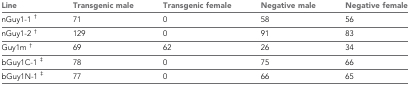
<table><thead><tr><td><b>Line</b></td><td><b>Transgenic male</b></td><td><b>Transgenic female</b></td><td><b>Negative male</b></td><td><b>Negative female</b></td></tr></thead><tbody><tr><td>nGuy1-1 <sup>†</sup></td><td>71</td><td>0</td><td>58</td><td>56</td></tr><tr><td>nGuy1-2 <sup>†</sup></td><td>129</td><td>0</td><td>91</td><td>83</td></tr><tr><td>Guy1m <sup>†</sup></td><td>69</td><td>62</td><td>26</td><td>34</td></tr><tr><td>bGuy1C-1 <sup>‡</sup></td><td>78</td><td>0</td><td>75</td><td>66</td></tr><tr><td>bGuy1N-1 <sup>‡</sup></td><td>77</td><td>0</td><td>66</td><td>65</td></tr></tbody></table>